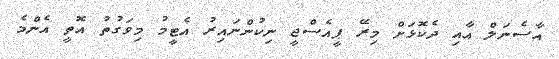
އާސެނަލް އާއި ދެކޮޅަށް މިރޭ ޕީއެސްޖީ ނިކުންނައިރު އެޓީމު މިވަގުތު އޮތީ އެންމެ